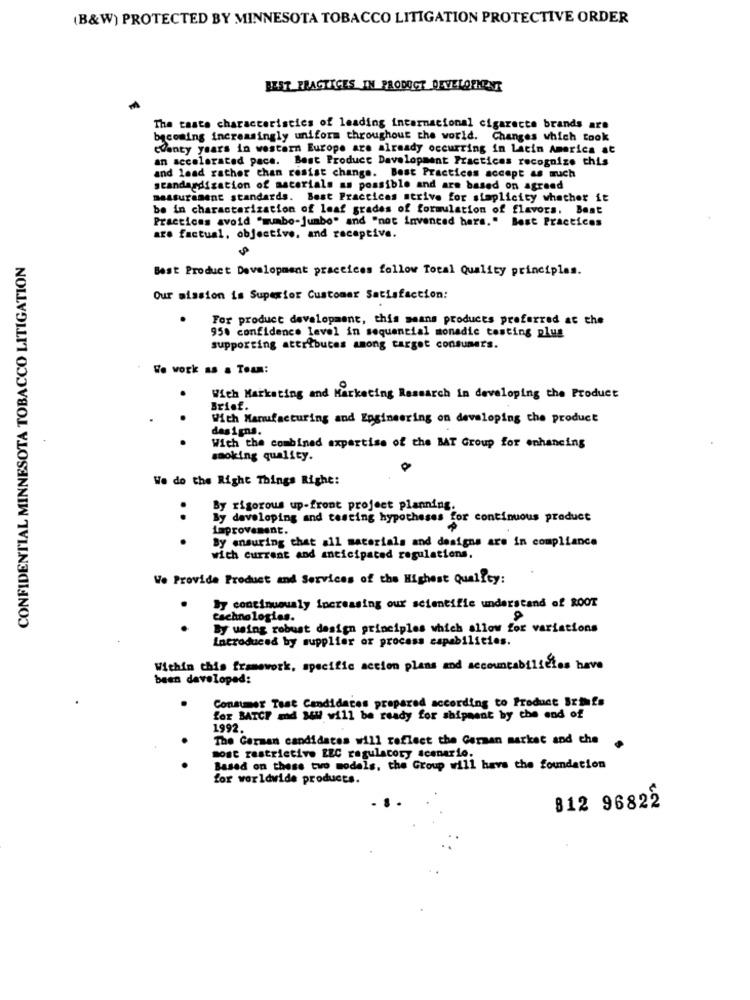
(B&W) PROTECTED BY MINNESOTA TOBACCO LITIGATION PROTECTIVE ORDER
BEST PRACTICES IN PRODUCT DEVELOPMENT
The taste characteristics of leading internacional cigarette brands are
becoming increasingly uniform throughout the world. Changes which took
CVanty years in western Europe are already occurring in Latin America at
an accelerated pace. Best Product Development Practicas recognize this
and lead rather than resist change. Best Practices accept as much
standardization of materials as possible and are based on agreed
measurement standards. Best Practices strive for simplicity whether it
be in characterization of leaf grades of formulation of flavors. Best
Practicas avoid "mumbo-jumbo" and "not invenced hars." Best Practices
are factual, objective. and receptive.
CONFIDENTIAL MINNESOTA TOBACCO LITIGATION
Best Product Development practices follow Total Quality principles.
Our mission is Superior Customer Satisfaction:
.
For product development, this means produces preferred at the
95% confidence level in sequential monadic testing plus
supporting attributes among target consumers.
We work as a Team:
With Marketing and Marketing Research in developing the Product
Brief.
.
With Manufacturing and Engineering on developing the product
das igns.
. .
With the combined expertise of the BAT Group for enhancing
smoking quality.
We do the Right Things Righe:
By rigorous up-front project planning.
By developing and testing hypotheses for continuous product
improvement.
By ensuring that all materials and designs are in compliance
with current and anticipated regulations.
We Provide Product and Services of the Highest Quality:
By continuously increasing our scientific understand of ROOT
.
technologies.
By using robust design principles which allow for variations
introduced by supplier or process capabilities.
Within this framework, specific accion plans and accountabilities have
been developed:
Consumer Tast Candidates prepared according to Product Srmfs
.
for BATCP and su will be ready for shipment by the end of
1992.
The German candidates will reflect the German market and che
.
.
most restrictive EEC regulatory scenario;
.
Based on these two models, the Group will have the foundation
for worldwide products.
812 96822